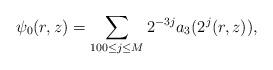
LaTeX: \begin{align*} \psi_0(r,z) = \sum_{100\le j\le M} 2^{-3j} a_3(2^j(r,z)),\end{align*}